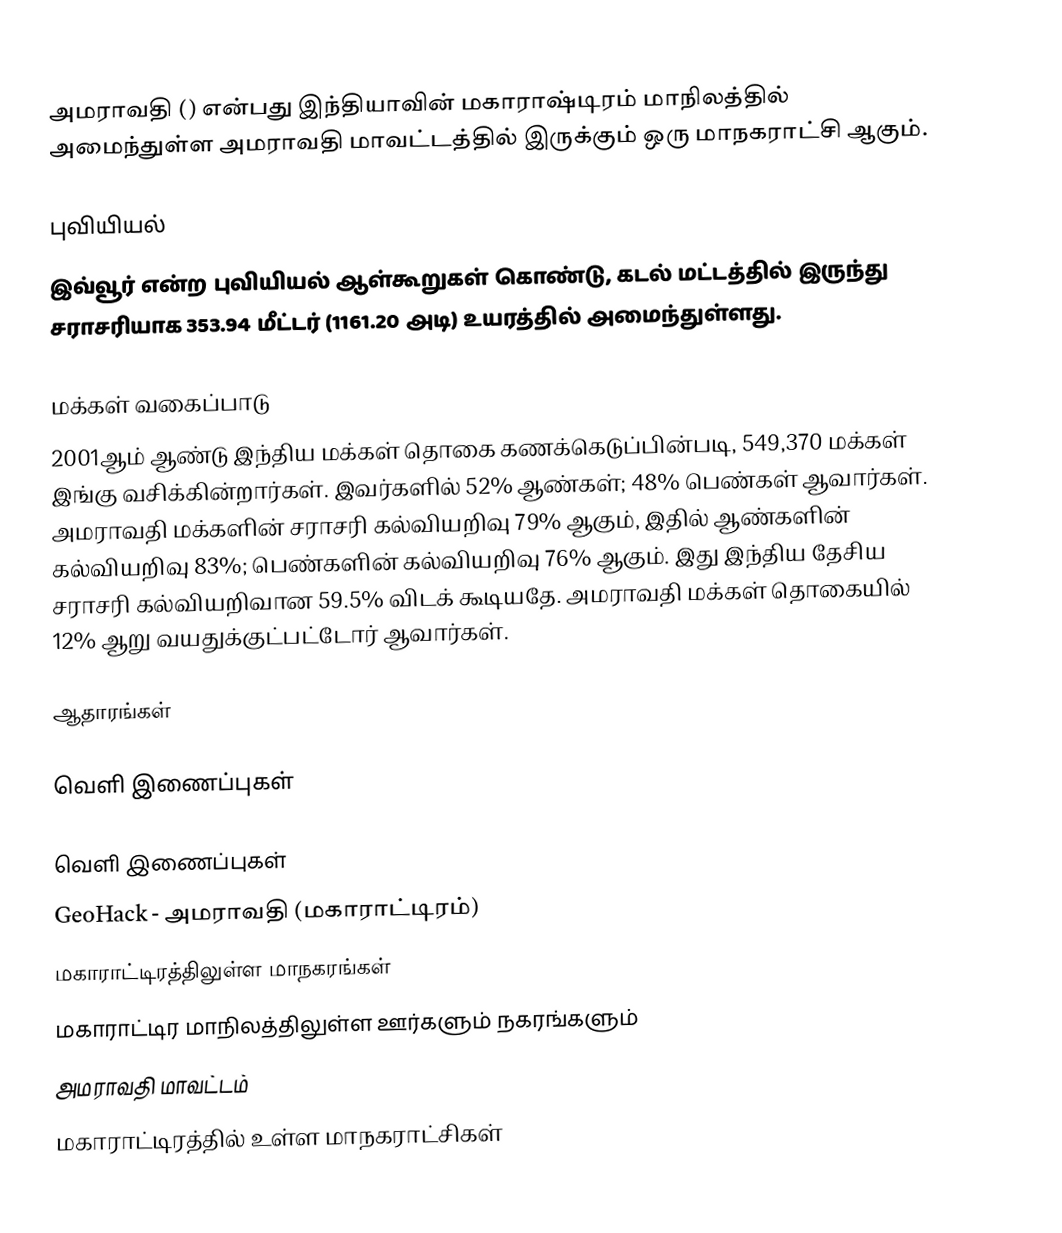
அமராவதி () என்பது இந்தியாவின் மகாராஷ்டிரம் மாநிலத்தில் அமைந்துள்ள அமராவதி மாவட்டத்தில் இருக்கும் ஒரு மாநகராட்சி ஆகும்.

புவியியல்
இவ்வூர்  என்ற புவியியல் ஆள்கூறுகள் கொண்டு, கடல் மட்டத்தில் இருந்து சராசரியாக 353.94 மீட்டர் (1161.20 அடி) உயரத்தில் அமைந்துள்ளது.

மக்கள் வகைப்பாடு
2001ஆம் ஆண்டு இந்திய மக்கள் தொகை கணக்கெடுப்பின்படி, 549,370 மக்கள் இங்கு வசிக்கின்றார்கள். இவர்களில் 52% ஆண்கள்; 48% பெண்கள் ஆவார்கள். அமராவதி மக்களின் சராசரி கல்வியறிவு 79% ஆகும்,  இதில் ஆண்களின் கல்வியறிவு 83%; பெண்களின் கல்வியறிவு 76% ஆகும். இது இந்திய தேசிய சராசரி கல்வியறிவான 59.5% விடக் கூடியதே. அமராவதி மக்கள் தொகையில் 12%  ஆறு வயதுக்குட்பட்டோர் ஆவார்கள்.

ஆதாரங்கள்

வெளி இணைப்புகள்

வெளி இணைப்புகள்
 GeoHack - அமராவதி (மகாராட்டிரம்)
மகாராட்டிரத்திலுள்ள மாநகரங்கள்
மகாராட்டிர மாநிலத்திலுள்ள ஊர்களும் நகரங்களும்
அமராவதி மாவட்டம்
மகாராட்டிரத்தில் உள்ள மாநகராட்சிகள்